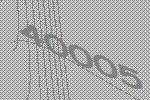
40005